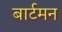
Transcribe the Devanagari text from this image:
बार्टमन